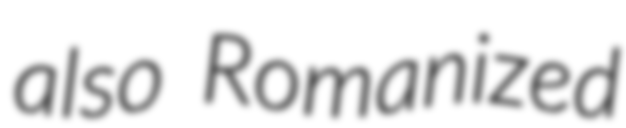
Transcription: also Romanized